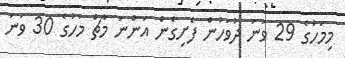
މިމަހުގެ 29 ވަނަ ދުވަހުން ފެށިގެން އަންނަ މާޗް މަހުގެ 30 ވަނަ